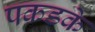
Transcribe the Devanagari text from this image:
पकडके